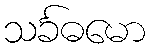
သင်္ခဓမော